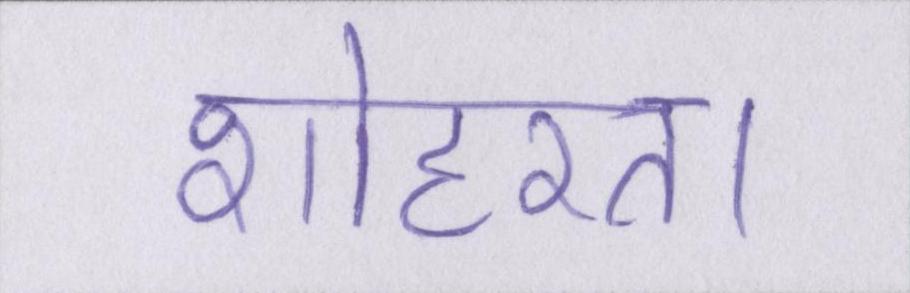
शोहरत।